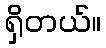
ရှိတယ်။